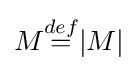
M{\stackrel {def}{=}}|M|